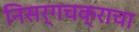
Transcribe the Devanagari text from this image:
निसर्गचक्राचा